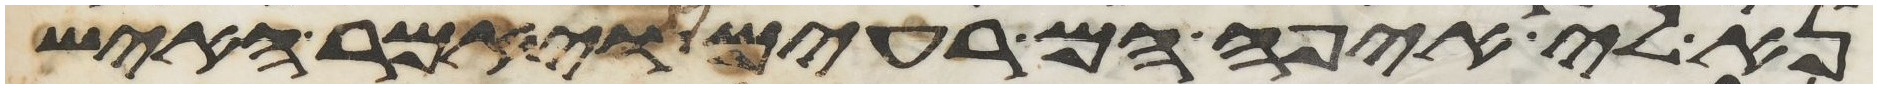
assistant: נא לי איפה הם רעים ויאמר האיש